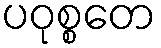
ပဝုစ္စတေ